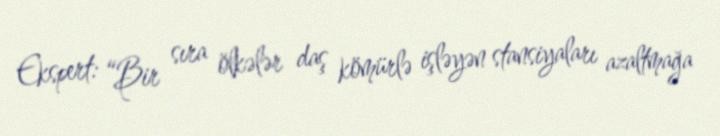
Ekspert: “Bir sıra ölkələr daş kömürlə işləyən stansiyaları azaltmağa